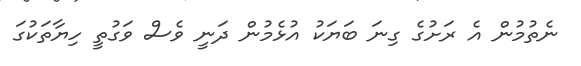
ނެތުމުން އެ ރަށުގެ ގިނަ ބަޔަކު އުޅެމުން ދަނީ ވެސް ވަގުތީ ހިޔާތަކުގަ